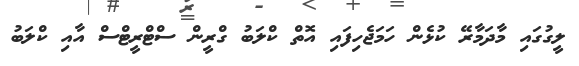
ލީގުގައި މާދަމާރޭ ކުޅެން ހަމަޖެހިފައި އޮތް ކްލަބު ގްރީން ސްޓްރީޓްސް އާއި ކްލަބު